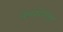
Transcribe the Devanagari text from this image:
तेलवाहिन्यातून